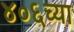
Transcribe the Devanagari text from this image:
४०६च्या